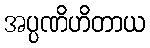
အပ္ပဏိဟိတာယ